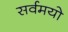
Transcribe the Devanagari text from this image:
सर्वमयो